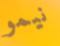
نيمو